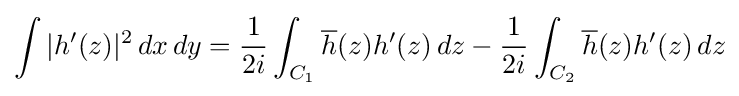
\int |h'(z)|^{2}\,dx\,dy={\frac {1}{2i}}\int _{C_{1}}{\overline {h}}(z)h'(z)\,dz-{\frac {1}{2i}}\int _{C_{2}}{\overline {h}}(z)h'(z)\,dz